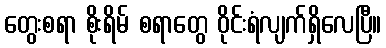
တွေးစရာ စိုးရိမ် စရာတွေ ဝိုင်းရံလျက်ရှိလေပြီ။